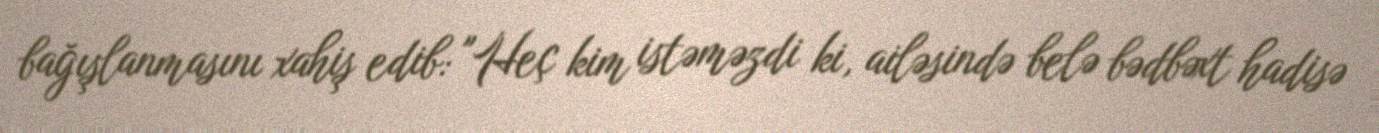
bağışlanmasını xahiş edib: "Heç kim istəməzdi ki, ailəsində belə bədbəxt hadisə